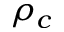
\rho _ { c }